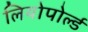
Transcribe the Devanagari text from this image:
लियोपोर्ल्ड